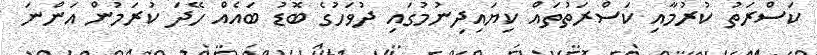
ކަސްރަތު ކުރުމާއި ކަސްރަތުތައް ކިޔައިދިނުމުގައި ދުވަހުގެ ބޮޑު ބައެއް ހޭދަ ކުރަމުން އަންނަ